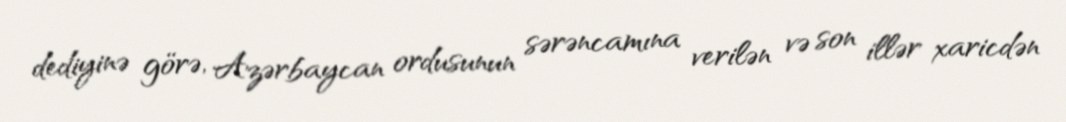
dediyinə görə, Azərbaycan ordusunun sərəncamına verilən və son illər xaricdən